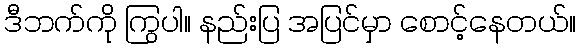
ဒီဘက်ကို ကြွပါ။ နည်းပြ အပြင်မှာ စောင့်နေတယ်။